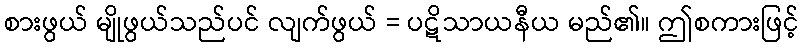
စားဖွယ် မျိုဖွယ်သည်ပင် လျက်ဖွယ် = ပဋိသာယနီယ မည်၏။ ဤစကားဖြင့်